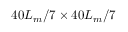
4 0 L _ { m } / 7 \times 4 0 L _ { m } / 7